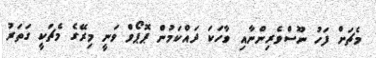
މެޗަށް ފަހު ނޫސްވެރިިންނާއި ވާހަކަ ދައްކަމުން ޕޮޕޯވް ވަނީ މިރޭގެ މެޗަކީ ގަތަރު